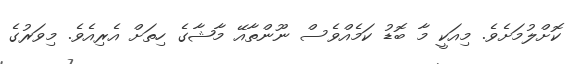
ކޮށްލުމަށެވެ. މިއަކީ މާ ބޮޑު ކަމެއްވެސް ނޫންތާއޭ މާޝާގެ ހިތަށް އެރިއެވެ. މިވަރުގެ